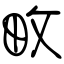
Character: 畋